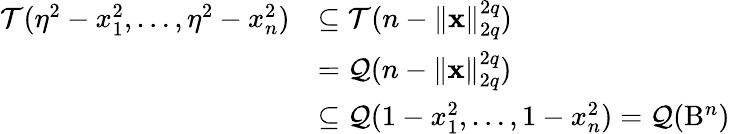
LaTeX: \begin{array}{rl}{\mathcal{T}(\eta^{2}-x_{1}^{2},\dots,\eta^{2}-x_{n}^{2})}&{\subseteq\mathcal{T}(n-\| \mathbf{x}\| _{2q}^{2q})}\\ &{=\mathcal{Q}(n-\| \mathbf{x}\| _{2q}^{2q})}\\ &{\subseteq\mathcal{Q}(1-x_{1}^{2},\dots,1-x_{n}^{2})=\mathcal{Q}(\mathrm{B}^{n})}\end{array}